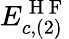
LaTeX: E_{c,(2)}^{\mathrm{~H~F~}}